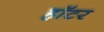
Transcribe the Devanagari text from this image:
हॉटर